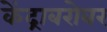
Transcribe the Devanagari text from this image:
केंद्राबरोबर